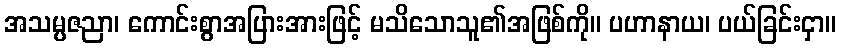
အသမ္ပဇညာ၊ ကောင်းစွာအပြားအားဖြင့် မသိသောသူ၏အဖြစ်ကို။ ပဟာနာယ၊ ပယ်ခြင်းငှာ။